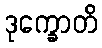
ဒုက္ခောတိ